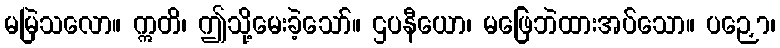
မမြဲသလော။ ဣတိ၊ ဤသို့မေးခဲ့သော်။ ဌပနီယော၊ မဖြေဘဲထားအပ်သော။ ပဉှော၊